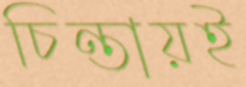
চিন্তায়ই